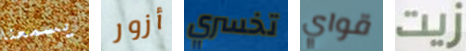
يسمعنا أزور تخسري قواي زيت